65_HS1-834228961_62-HQ-83894_Serial_130
Agency: FBI
Page 22
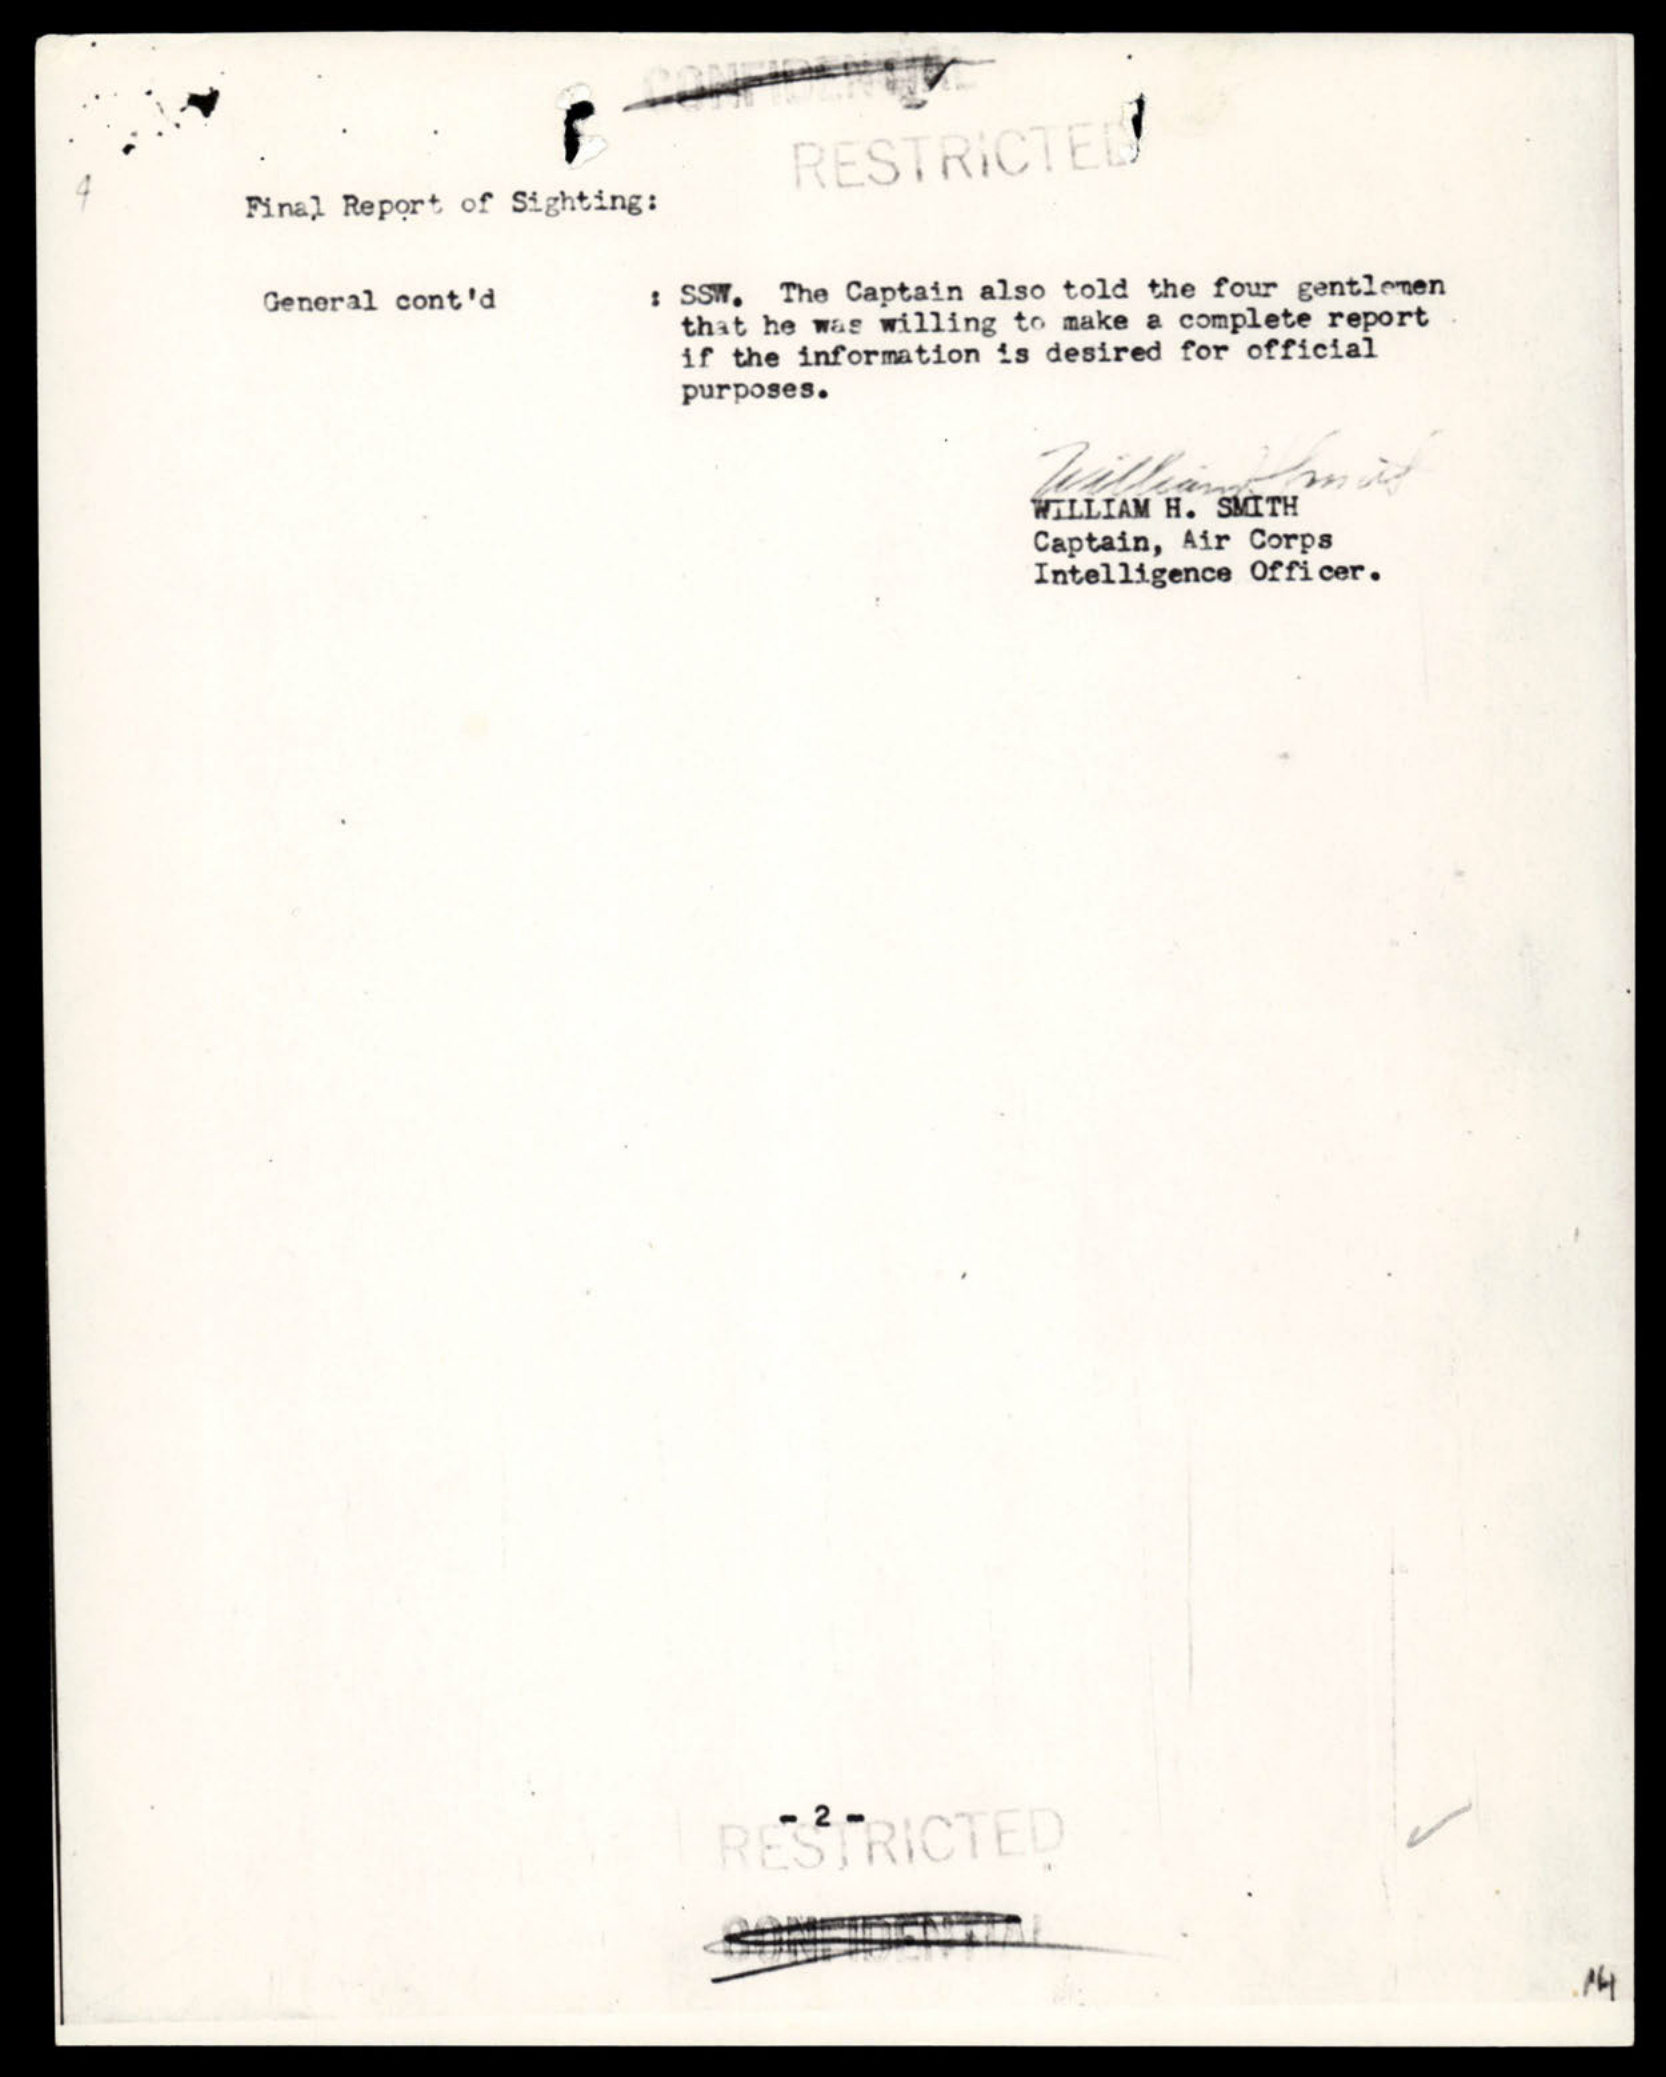